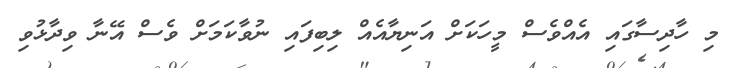
މި ހާދިސާގައި އެއްވެސް މީހަކަށް އަނިޔާއެއް ލިބިފައި ނުވާކަމަށް ވެސް އޭނާ ވިދާޅުވި